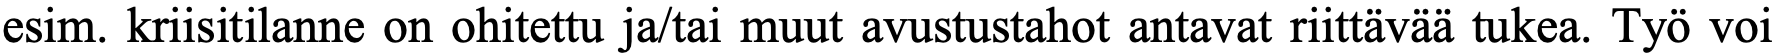
esim. kriisitilanne on ohitettu ja/tai muut avustustahot antavat riittävää tukea. Työ voi